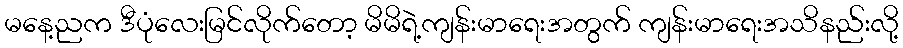
မနေ့ညက ဒီပုံလေးမြင်လိုက်တော့ မိမိရဲ့ကျန်းမာရေးအတွက် ကျန်းမာရေးအသိနည်းလို့